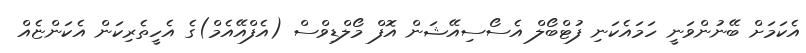
އެކަމަށް ބޭނުންވަނީ ހަމައެކަނި ފުޓްބޯލް އެސޯސިއޭޝަން އޮފް މޯލްޑިވްސް (އެފްއޭއެމް)ގެ އެހީތެރިކަން އެކަންޏެއް